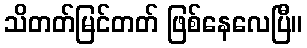
သိတတ်မြင်တတ် ဖြစ်နေလေပြီ။